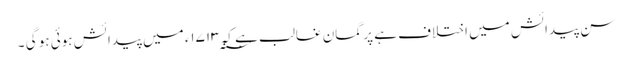
سنِ پیدائش میں اختلاف ہے پر گمانِ غالب ہے کہ ۱۷۱۳؁ء میں پیدائش ہوئی ہو گی ۔